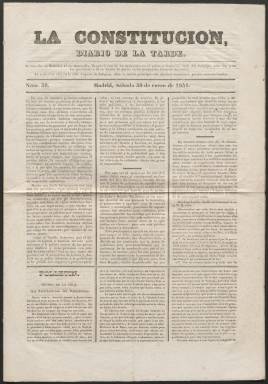
Título: La Constitución (Madrid. 1841)
Colección: Periódicos anteriores a 1850
Ámbito geográfico: Madrid
Lugar de publicación: Madrid
Fechas: 30/01/1841-15/09/1841